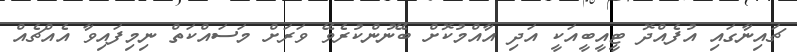
ޗައިނާގައި އުފެއްދޮ ޓީއީބީއަކީ އަދި އާއްމުކޮށް ބޭނުންކުރެވޭ ވަރަށް މަސައްކަތް ނިމިފައިވާ އެއްޗެއް